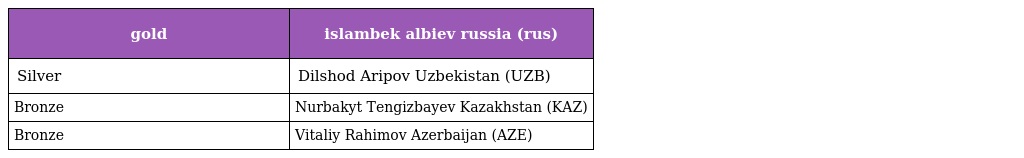
| gold | islambek albiev russia (rus) |
 | --- | --- |
 | Silver | Dilshod Aripov Uzbekistan (UZB) |
 | Bronze | Nurbakyt Tengizbayev Kazakhstan (KAZ) |
 | Bronze | Vitaliy Rahimov Azerbaijan (AZE) |